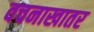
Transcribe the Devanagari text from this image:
वचनाखातर